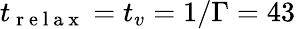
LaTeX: t_{\mathrm{~r~e~l~a~x~}}=t_{v}=1/\Gamma=43